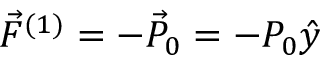
\vec { F } ^ { ( 1 ) } = - \vec { P } _ { 0 } = - P _ { 0 } \hat { y }